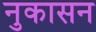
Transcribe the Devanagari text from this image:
नुकासन